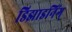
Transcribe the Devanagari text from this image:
डिझाइनिंग्